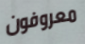
معروفون